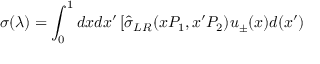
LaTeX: \sigma ( \lambda ) = \int _ { 0 } ^ { 1 } d x d x ^ { \prime } \left[ \hat { \sigma } _ { L R } ( x P _ { 1 } , x ^ { \prime } P _ { 2 } ) u _ { \pm } ( x ) d ( x ^ { \prime } ) \right.